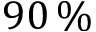
9 0 \, \%